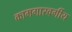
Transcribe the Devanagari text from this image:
कामगारवर्गीय